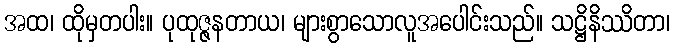
အထ၊ ထိုမှတပါး။ ပုထုဇ္ဇနတာယ၊ များစွာသောလူအပေါင်းသည်။ သဋ္ဌိနိဿိတာ၊